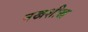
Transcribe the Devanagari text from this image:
नखशीख